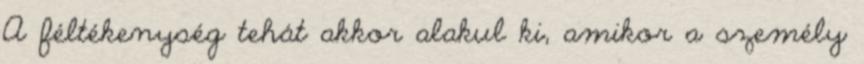
A féltékenység tehát akkor alakul ki, amikor a személy